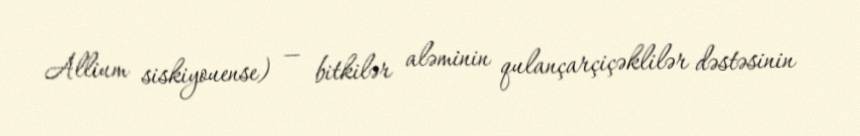
Allium siskiyouense) — bitkilər aləminin qulançarçiçəklilər dəstəsinin